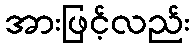
အားဖြင့်လည်း